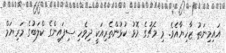
އައިމިނަތު ޒާހިޔާއެވެ. މި މެޗުގެ މޮޅު ކުޅުންތެރިއަކީ ދިވެހި ސިފައިންގެ ކްލަބުގެ މަރިޔަމް